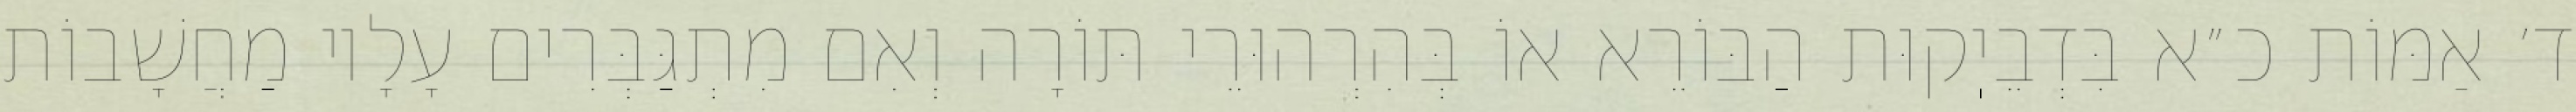
ד׳ אַמּוֹת כ״א בִּדְבֵיֽקוּת הַבּוֹרֵא אוֹ בְּהִרְהוּרֵי תּוֹרָה וְאִם מִתְגַּבְּרִים עָלָיו מַחֲשָׁבוֹת